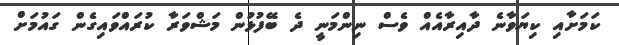
ކަމަށާއި ކިޔަވާނެ ދާއިރާއެއް ވެސް ނިންމަނީ ދެ ބޭފުޅުން މަޝްވަރާ ކުރައްވައިގެން ގައުމަށް